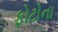
ફોટોના